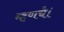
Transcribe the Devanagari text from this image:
म्हणचे।